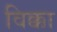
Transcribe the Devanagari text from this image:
विक्का